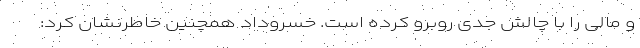
و مالی را با چالش جدی روبرو کرده است. خسروداد همچنين خاطرنشان کرد: